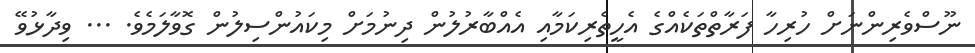
ނޫސްވެރިންނަށް ހުރިހާ ފަރާތްތަކެއްގެ އެހީތެރިކަމާއި އެއްބާރުލުން ދިނުމަށް މިކައުންސިލުން ގޮވާލަމެވެ. ... ވިދާޅުވޭ